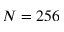
N = 2 5 6